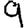
Digit: 9